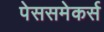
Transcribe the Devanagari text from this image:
पेससमेकर्स